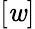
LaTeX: [\mathit{w}]